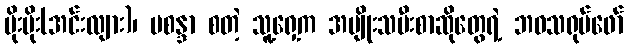
မိုးမိုး(အင်းလျား)၊ မစန္ဒာ စတဲ့ သူ့ရှေ့က အမျိုးသမီးစာဆိုတွေရဲ့ ဘဝသရုပ်ဖော်